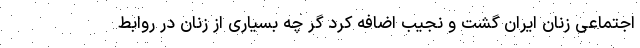
اجتماعی زنان ایران گشت و نجیب اضافه کرد گر چه بسیاری از زنان در روابط